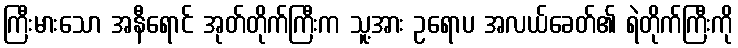
ကြီးမားသော အနီရောင် အုတ်တိုက်ကြီးက သူ့အား ဥရောပ အလယ်ခေတ်၏ ရဲတိုက်ကြီးကို